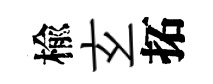
楡𤣥拓